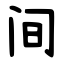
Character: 间